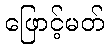
ဖြောင့်မတ်